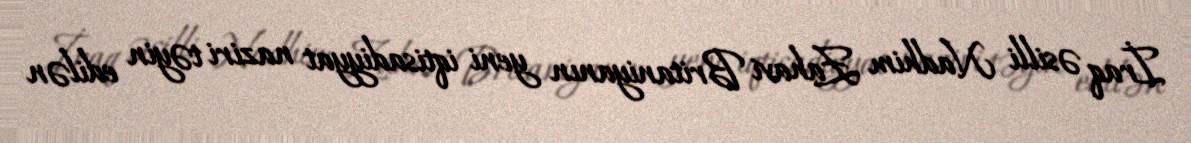
İraq əsilli Nadhim Zahavi Britaniyanın yeni iqtisadiyyat naziri təyin edilən